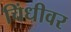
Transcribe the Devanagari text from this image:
चिंधीवर